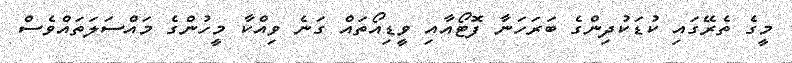
މީގެ ތެރޭގައި ކުޑަކުދިންގެ ބަރަހަނާ ފޮޓޯއާއި ވީޑިއޯތައް ގަނެ ވިއްކާ މީހުންގެ މައްސަލަތައްވެސް